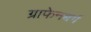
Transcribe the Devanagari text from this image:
ग्राफेनबर्ग